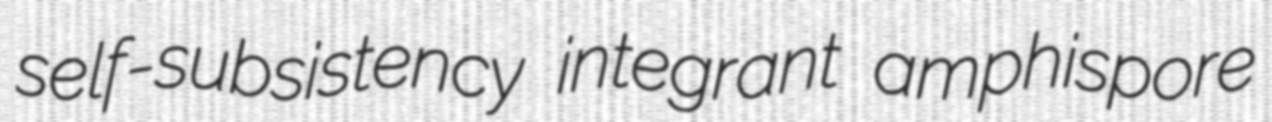
self-subsistency integrant amphispore